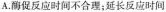
A.酶促反应时间不合理；延长反应时间